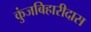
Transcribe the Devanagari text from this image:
कुंजबिहारीदास